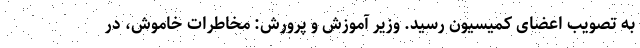
به تصویب اعضای کمیسیون رسید. وزیر آموزش و پرورش: مخاطرات خاموش، در